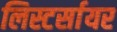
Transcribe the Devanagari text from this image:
लिस्टर्सायर